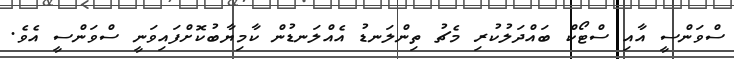
ސްވަންސީ އާއި ސްޓޯކް ބައްދަލުކުރި މެޗު ތިންލަނޑު އެއްލަނޑުން ކާމިޔާބުކޮށްފައިވަނީ ސްވަންސީ އެވެ.